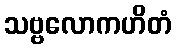
သဗ္ဗလောကဟိတံ